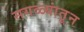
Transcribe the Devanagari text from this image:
सगळ्यांतून